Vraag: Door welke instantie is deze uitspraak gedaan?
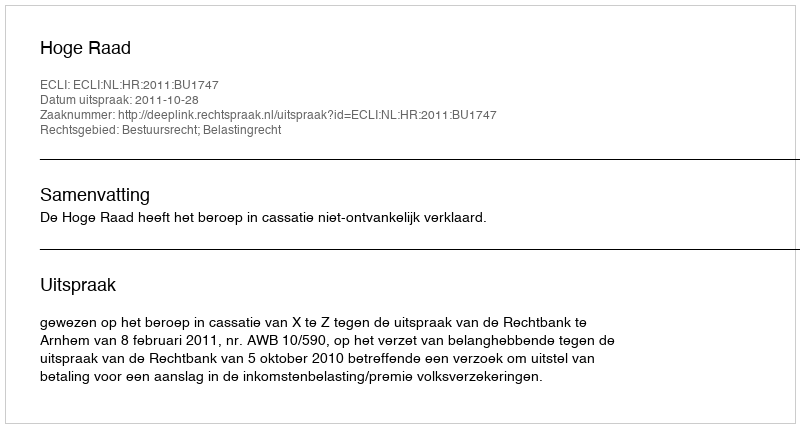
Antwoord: Hoge Raad